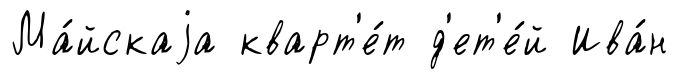
Ма́йскаjа кварт'е́т д'ет'е́й Ива́н